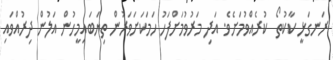
ރަނގަޅީ ކާކުތޯ  ކުރެއްވުމަށެވެ. އަދި މަރުވުމަށްފަހު ހަމަކަށަވަރުން ތިޔަބައިމީހުން އަލުން ދިރުއްވައި